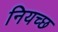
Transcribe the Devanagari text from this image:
नियच्छ